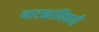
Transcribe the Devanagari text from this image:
नाटकांविषयी